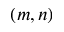
( m , n )